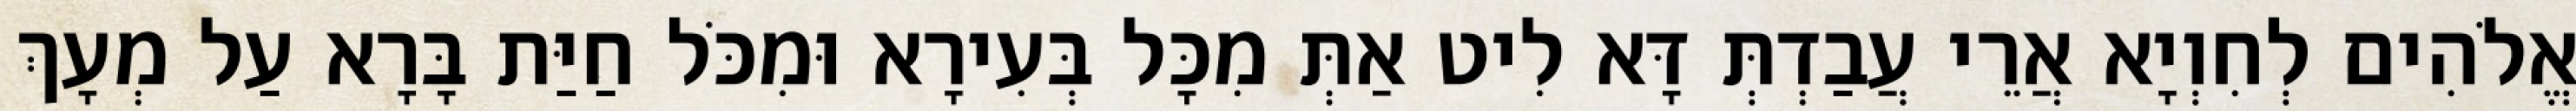
אֱלֹהִים לְחִוְיָא אֲרֵי עֲבַדְתְּ דָּא לִיט אַתְּ מִכָּל בְּעִירָא וּמִכֹּל חַיַּת בָּרָא עַל מְעָךְ